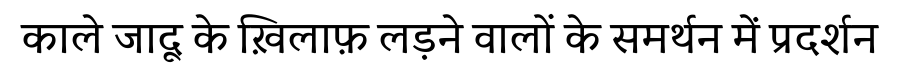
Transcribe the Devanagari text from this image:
काले जादू के ख़िलाफ़ लड़ने वालों के समर्थन में प्रदर्शन